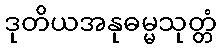
ဒုတိယအနုဓမ္မသုတ္တံ